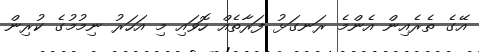
އޭގެ ތެރެއިން އެންމެ ރަނގަޅު ފަރާތެއް ހޮވައި މި އަހަރު ނިމުމުގެ ކުރިން